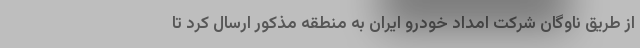
از طریق ناوگان شرکت امداد خودرو ایران به منطقه مذکور ارسال کرد تا